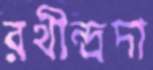
রথীন্দ্রদা